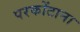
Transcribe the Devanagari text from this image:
परकोंटाना